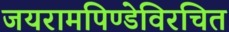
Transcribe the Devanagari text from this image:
जयरामपिण्डेविरचित